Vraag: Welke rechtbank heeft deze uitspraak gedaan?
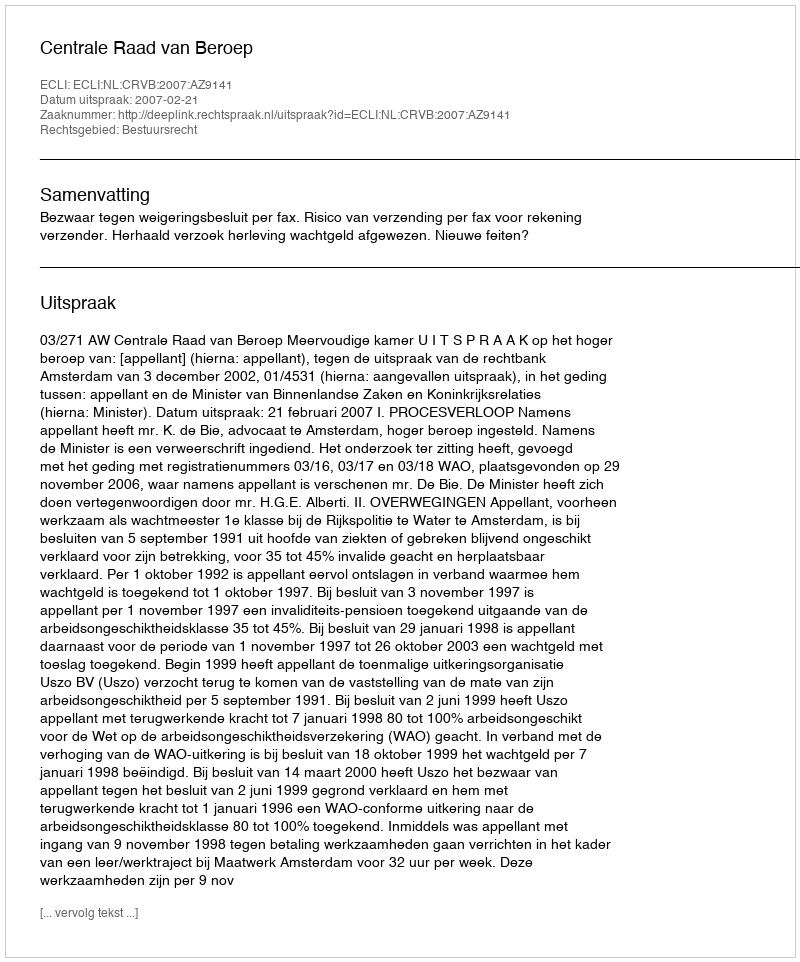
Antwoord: Centrale Raad van Beroep